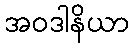
အဝဒါနိယာ